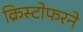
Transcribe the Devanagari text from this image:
क्रिस्टोफरने